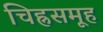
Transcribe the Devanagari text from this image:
चिह्नसमूह